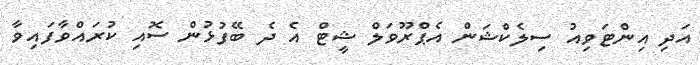
އަދި އިންޓަވިއު ސިލެކްޝަން އެޕްރޫވަލް ޝީޓް އެ ދެ ބޭފުޅުން ސޮއި ކުރައްވާފައިވާ